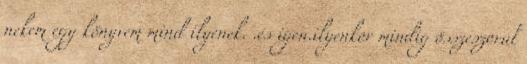
nekem egy könyvem mind ilyenek. .és igen.ilyenkor mindig összeszorul